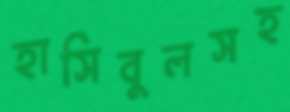
হাসিবুলসহ